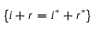
\{ i + r = i ^ { * } + r ^ { * } \}